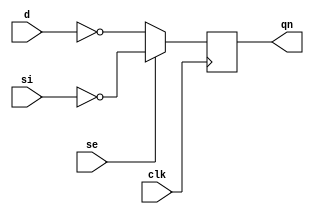
//#############################################################################
//# Function: Positive edge-triggered inverting static D-type flop-flop       #
//#           with scan input.                                                #
//# Copyright: OH Project Authors. ALl rights Reserved.                       #
//# License:  MIT (see LICENSE file in OH repository)                         #
//#############################################################################

module asic_sdffqn #(parameter PROP = "DEFAULT")   (
    input      d,
    input      si,
    input      se,
    input      clk,
    output reg qn
    );

   always @ (posedge clk)
     qn <= se ? ~si : ~d;

endmodule